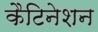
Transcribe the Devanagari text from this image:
कैटिनेशन